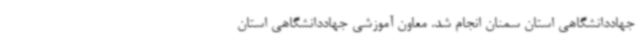
جهاددانشگاهی استان سمنان انجام شد. معاون آموزشی جهاددانشگاهی استان